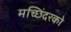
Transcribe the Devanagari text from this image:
मच्छिंदरको